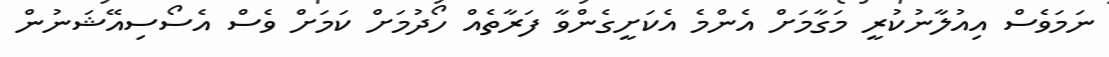
ނަމަވެސް އިއުލާނުކުރީ މަގާމަށް އެންމެ އެކަށީގެންވާ ފަރާތެއް ހޯދުމަށް ކަމަށް ވެސް އެސޯސިއޭޝަނުން